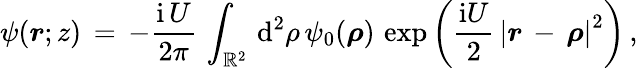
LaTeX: \begin{array}{l}{\displaystyle\psi(\boldsymbol{r};z)\, =\, -\frac{\mathrm{i}\, U}{2\pi}\, \int_{\mathbb{R}^{2}}\, \mathrm{d}^{2}\rho\, \psi_{0}(\boldsymbol{\rho})\, \exp\left(\frac{\mathrm{i}U}2\, \left|\boldsymbol{r}\, -\, \boldsymbol{\rho}\right|^{2}\right)\, ,}\end{array}